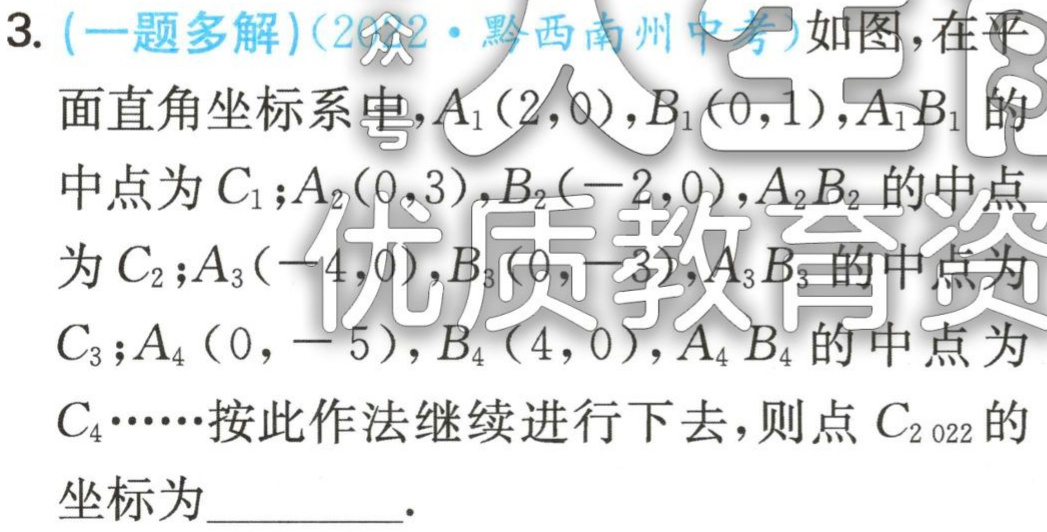
3. (一题多解)(2022·黔西南州中考)如图，在平面直角坐标系中，\(A_1(2,0)\)，\(B_1(0,1)\)，\(A_1B_1\)的中点为\(C_1\)；\(A_2(0,3)\)，\(B_2(-2,0)\)，\(A_2B_2\)的中点为\(C_2\)；\(A_3(-4,0)\)，\(B_3(0,-3)\)，\(A_3B_3\)的中点为\(C_3\)；\(A_4(0,-5)\)，\(B_4(4,0)\)，\(A_4B_4\)的中点为\(C_4\cdots\cdots\)按此作法继续进行下去，则点\(C_{2022}\)的坐标为  ．